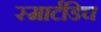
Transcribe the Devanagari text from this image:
स्मार्टडिच